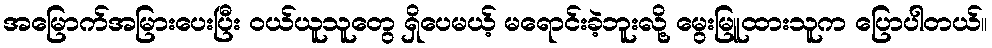
အမြောက်အမြားပေးပြီး ဝယ်ယူသူတွေ ရှိပေမယ့် မရောင်းခဲ့ဘူးလို့ မွေးမြူထားသူက ပြောပါတယ်။